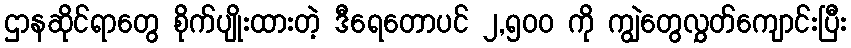
ဌာနဆိုင်ရာတွေ စိုက်ပျိုးထားတဲ့ ဒီရေတောပင် ၂,၅၀၀ ကို ကျွဲတွေလွှတ်ကျောင်းပြီး